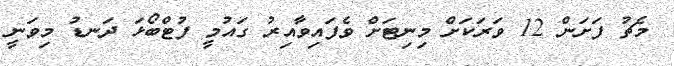
މެޗު ފަށަން 12 ވަރަކަށް މިނިޓަށް ވެފައިވާއިރު ގައުމީ ފުޓްބޯޅަ ދަނޑު މިވަނީ